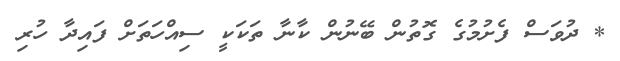
* ދުވަސް ފެށުމުގެ ގޮތުން ބޭނުން ކާނާ ތަކަކީ ސިއްހަތަށް ފައިދާ ހުރި